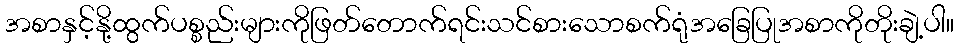
အစာနှင့်နို့ထွက်ပစ္စည်းများကိုဖြတ်တောက်ရင်းသင်စားသောစက်ရုံအခြေပြုအစာကိုတိုးချဲ့ပါ။